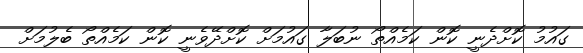
ގައުމު ކޮށްދެނީ ކޮން ކަމެއްތޯ ނުބަލާ ގައުމަށް ކޮށްދޭވެނީ ކޮން ކަމެއްތޯ ބެލުމަށް